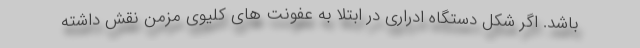
باشد. اگر شکل دستگاه ادراری در ابتلا به عفونت های کلیوی مزمن نقش داشته